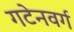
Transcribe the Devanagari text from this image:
गटेनवर्ग